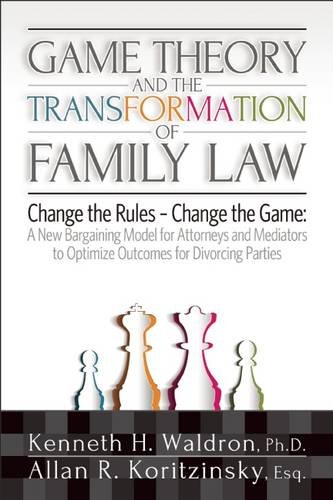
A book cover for Game Theory and the Transformation of Family Law; Allan R. Koritzinsky; Law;